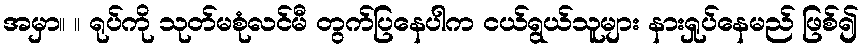
အမှာ။ ။ ရုပ်ကို သုတ်မစုံလင်မီ တွက်ပြနေပါက ငယ်ရွယ်သူများ နားရှုပ်နေမည် ဖြစ်၍